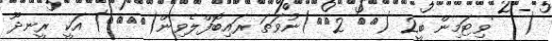
(   'ވިޓަމިން ބީ2 ({{ 2}})ނުވަތަ ރައިބޮފްލެވިން({{}}) އަކީ ރީނދޫ